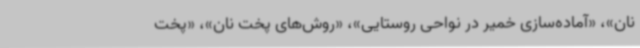
نان»، «آماده‌سازی خمیر در نواحی روستایی»، «روش‌های پخت نان»، «پخت